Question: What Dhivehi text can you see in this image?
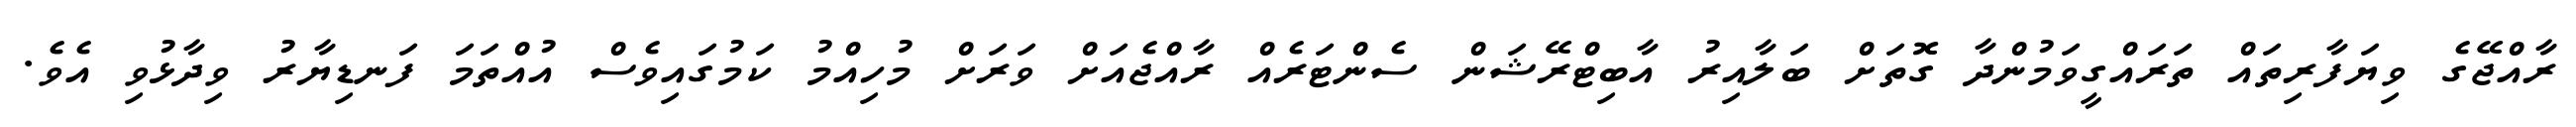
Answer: ރާއްޖޭގެ ވިޔަފާރިތައް ތަރައްގީވަމުންދާ ގޮތަށް ބަލާއިރު އާބިޓްރޭޝަން ސެންޓަރެއް ރާއްޖެއަށް ވަރަށް މުހިއްމު ކަމުގައިވެސް އުއްތަމަ ފަނޑިޔާރު ވިދާޅުވި އެވެ.